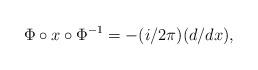
LaTeX: \begin{align*}\Phi\circ x\circ\Phi^{-1}=-(i/2\pi )(d/dx),\end{align*}